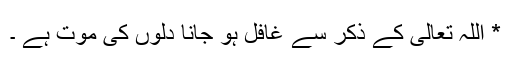
* اللہ تعالیٰ کے ذکر سے غافل ہو جانا دلوں کی موت ہے ۔